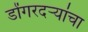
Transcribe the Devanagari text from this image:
डोंगरदर्‍यांचा